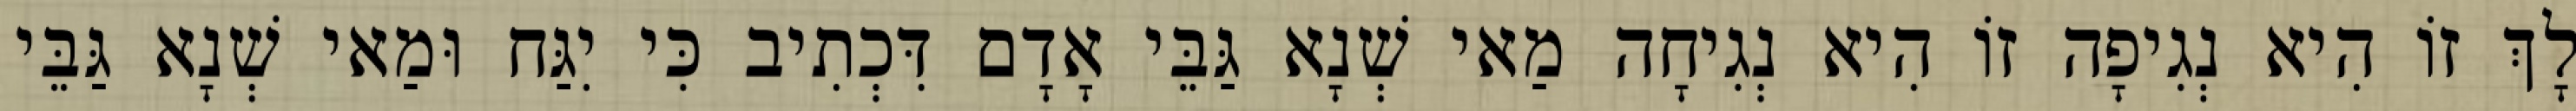
לָךְ זוֹ הִיא נְגִיפָה זוֹ הִיא נְגִיחָה מַאי שְׁנָא גַּבֵּי אָדָם דִּכְתִיב כִּי יִגַּח וּמַאי שְׁנָא גַּבֵּי